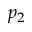
p _ { 2 }